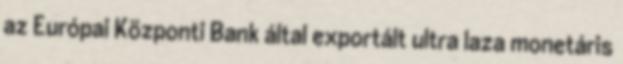
az Európai Központi Bank által exportált ultra laza monetáris